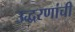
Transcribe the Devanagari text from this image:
उद्धरणांची